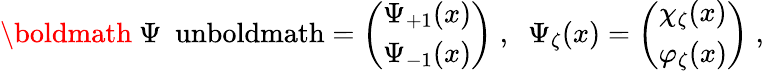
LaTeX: \mathrm{\boldmath~\Psi~\ unboldmath}=\left(\begin{array}{c}{{\Psi_{+1}(x)}}\\ {{\Psi_{-1}(x)}}\end{array}\right)\; ,\; \; \Psi_{\zeta}(x)=\left(\begin{array}{c}{{\chi_{\zeta}(x)}}\\ {{\varphi_{\zeta}(x)}}\end{array}\right)\; ,